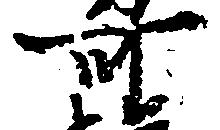
可